Rongu_vallavalitsus, lk 17
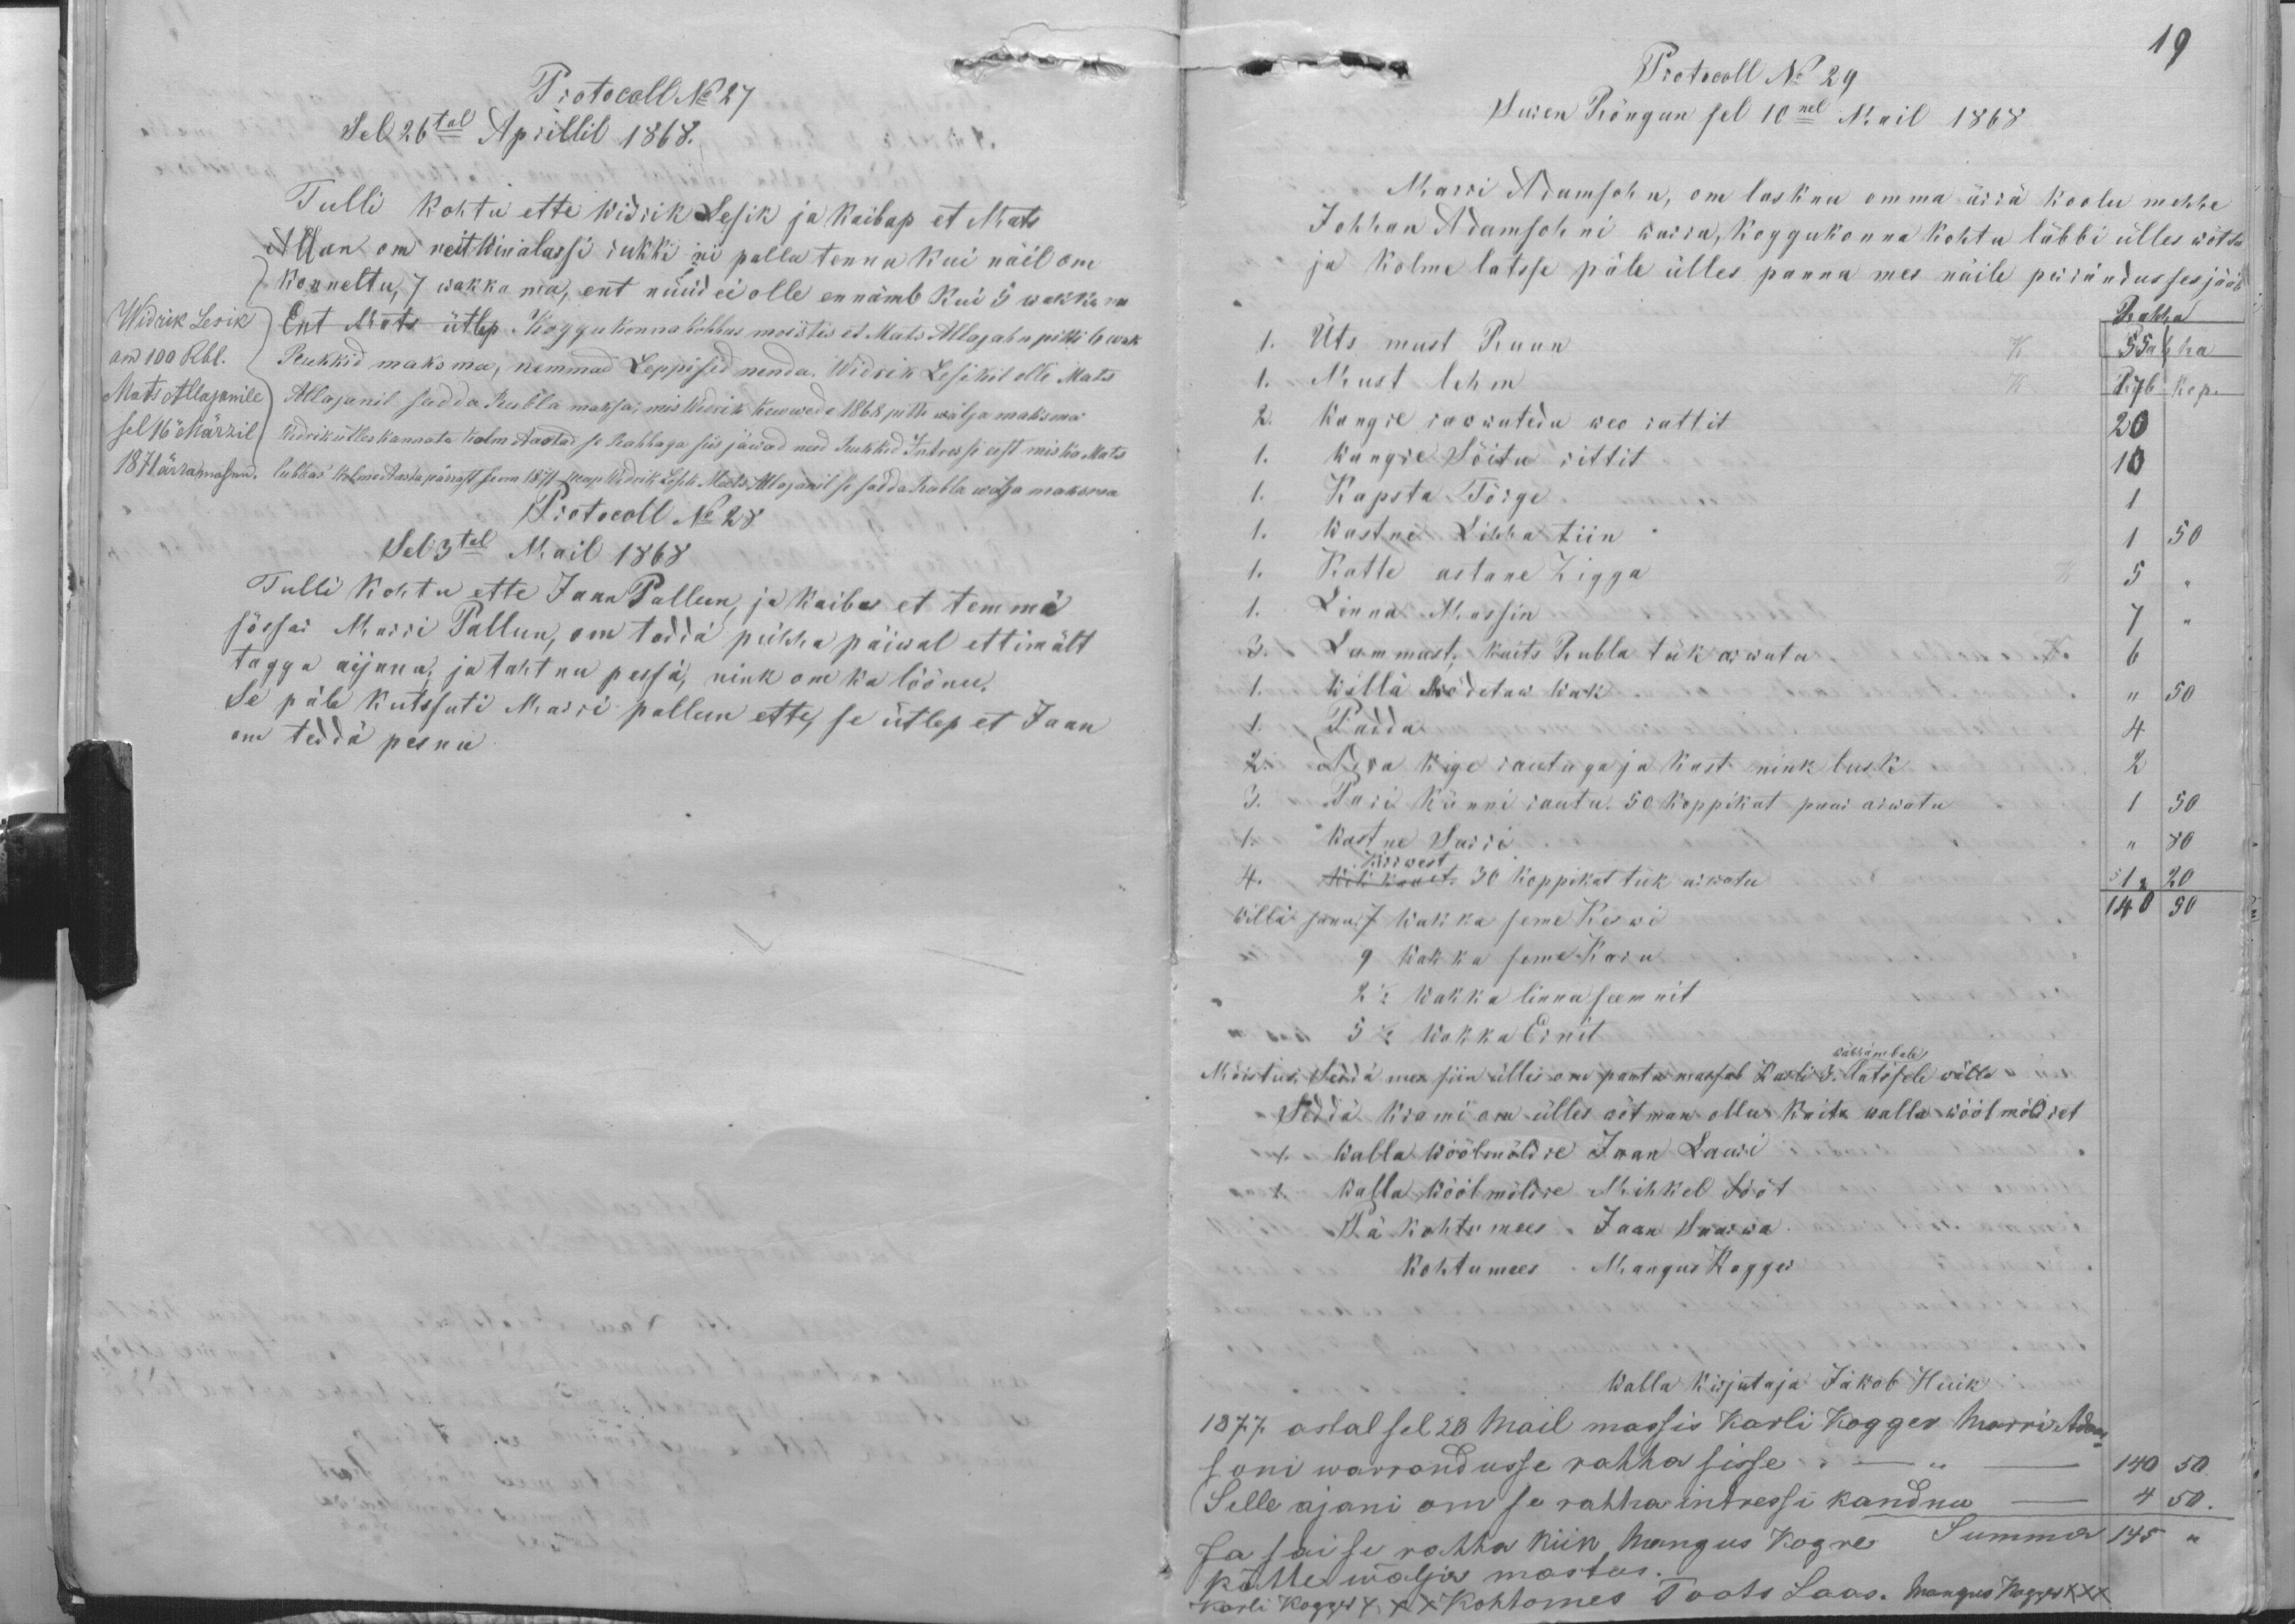
Protocoll No 27
Sel 26tal Aprillil 1868.
Tulli kohtu ette Widrik Lesik ja kaibap et Mats
Allan om neit Winalassi rukki ni pallu tennu kui näil om
Widrik Lesik
om 100 Rbl.
Mats Allajanile
Allajanil sadda Rubla maksa, mis Widrik kewwede1868 pitti wälja maksma.
sel 16" Märzil
1871 ärramasnu.
konneltu, 7 wakka ma, ent nüüd ei olle ennämb kui 5 wakka ma
Ent Mats ütlep Koggukonna kohhus moistis et Mats Allajahn pitti 6 wak
Rukkid maksma, nemmad Leppisid nenda. Widrik Lesikil olli Mats
Widrik ütles kannata kolm Aastad se Rahhaga siis jäwad need Rukkid Intressi eest mis ka Mats
lubbas kolme Aasta pärrast se om 1871 peap Widrik Lesik Mats Allajanil se sadda Rubla wälja maksma
Protocoll No 28
Sel 3tal Mail 1868
Tulli kohtu ette Jaan Pallun, ja kaibas et temmä
sõssar Marri Pallun, om teddä pühhapäiwal ettimält
tagga aijanu, ja tahtnu pessä, nink om ka löönu.
Se päle kutssuti Marri pallun ette, se ütlep et Jaan
om teddä pesnu

19
Protocoll No 29
Suren Rõngun sel 10nel Mail 1868
Marri Adamsohn, om lasknu omma ärrä koolu mehhe
Johhan Adamsohni warra, koggukonna kohtu läbbi ülles wõtta
ja kolme latsse päle ülles panna mes näile perrändusses jääb
Rahha
1. Üts must Ruun
1. Must lehm
2. Wangre roowutedu weo rattit
1. Wangre sõitu rittit
1. Kapsta Tõrge
1. Wastne Lihha tiin
1. Katte astane Zigga
1. Linna Massin
3. Lammast; kaits Rubla tük arwata
1. Willä Mödetaw Wak
1 Padda
2. Adra kige rautaga ja kast nink lusk
3. Pari künni rautu. 50 koppikat paar arwatu
1. Wastne Sarri
Kirrwest
4. Wikkanet. 30 koppikat tük arwatu
Willä sanu. 7 Wakka seme Keswi
9 Wakka seme Karu
2 1/2 Wakka linna seemnit
5 1/2 Wakka Ernit
wähhembale
Mõistus: Seddä mes siin ülles oma pantu massab Karli 3. latssele wälla
Seddä krami om ülles wõtman olluu kaits walla wöölmöldret
1. Walla Wöölmöldre Jaan Lauri
2. Walla Wöölmöldre Mihkel Sööt
Pä kohtu mees Jaan Saarwa
Kohtu mees Mangus Kogger
Walla kirjutaja Jakob Huik
1877. astal sel 28 Mail massis Karli Kogger Marri Adam
soni warrandusse rahha sisse
140 50
(Selle ajani om se rahha intressi kandnu
4 50
Ja sai se rahha kiik Mangus Kogre Summa 145
kätte wälja mastus.
Karli Kogger XXX Kohtomes Toots Laas. Mangus Kogger XXX